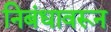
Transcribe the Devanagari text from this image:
निबंधावरून